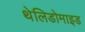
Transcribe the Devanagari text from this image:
थेलिडोमाइड